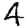
Digit: 4